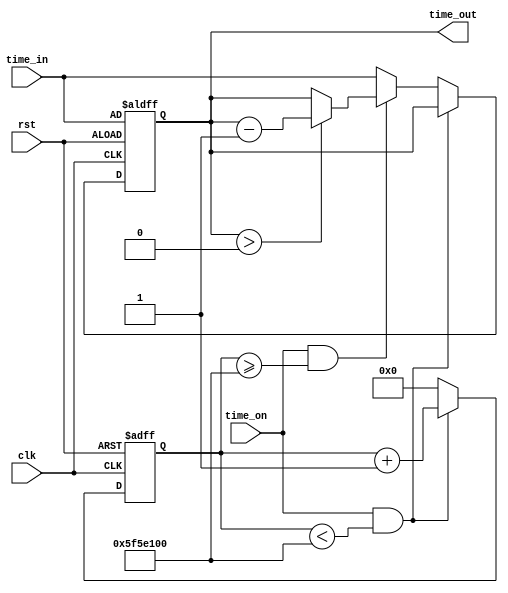
module timer(
    input clk,          // 
    input rst,          // 
    input time_on,      // 
    input [6:0] time_in, // 
    output reg [6:0] time_out // 
);

reg [31:0] counter;  // 1

always @(posedge clk or posedge rst) begin
    if (rst) begin
        // 
        counter <= 0;
        time_out <= time_in;
    end else if (time_on && counter < 32'd100000000) begin
        // 
        counter <= counter + 1;
    end else if (time_on && counter >= 32'd100000000) begin
        //  time_out
        counter <= 0; // 
        if (time_out > 0) begin
            time_out <= time_out - 1;
        end
    end else begin
        //  time_on 0
        counter <= 0; // 
        time_out <= time_in;
    end
end

endmodule